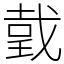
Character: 𢧜